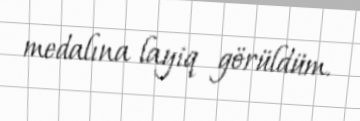
medalına layiq görüldüm.